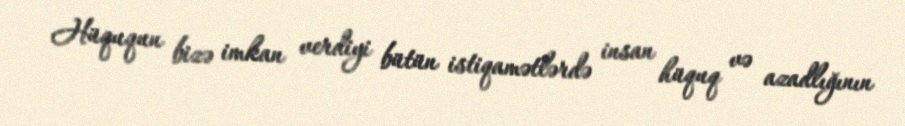
Hüququn bizə imkan verdiyi bütün istiqamətlərdə insan hüquq və azadlığının